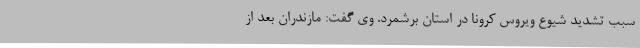
سبب تشدید شیوع ویروس کرونا در استان برشمرد. وی گفت: مازندران بعد از